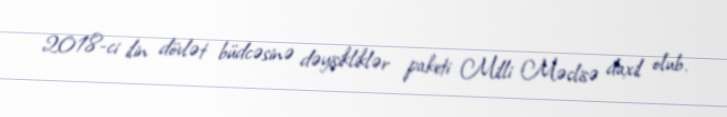
2018-ci ilin dövlət büdcəsinə dəyişikliklər paketi Milli Məclisə daxil olub.